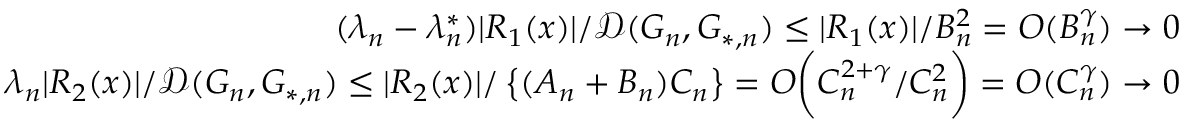
\begin{array} { r } { ( \lambda _ { n } - \lambda _ { n } ^ { * } ) | R _ { 1 } ( x ) | / \mathcal { D } ( G _ { n } , G _ { * , n } ) \leq | R _ { 1 } ( x ) | / B _ { n } ^ { 2 } = O ( B _ { n } ^ { \gamma } ) \to 0 } \\ { \lambda _ { n } | R _ { 2 } ( x ) | / \mathcal { D } ( G _ { n } , G _ { * , n } ) \leq | R _ { 2 } ( x ) | / \left\{ ( A _ { n } + B _ { n } ) C _ { n } \right\} = O \biggr ( C _ { n } ^ { 2 + \gamma } / C _ { n } ^ { 2 } \biggr ) = O ( C _ { n } ^ { \gamma } ) \to 0 } \end{array}